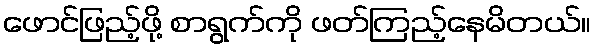
ဖောင်ဖြည့်ဖို့ စာရွက်ကို ဖတ်ကြည့်နေမိတယ်။